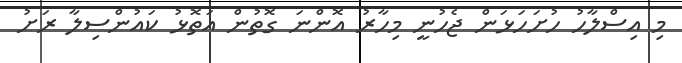
މި އިސްލާހު ހުށަހަޅަން ޖެހުނީ މިހާރު އޮންނަ ގޮތުން އަތޮޅު ކައުންސިލާ ރަށު